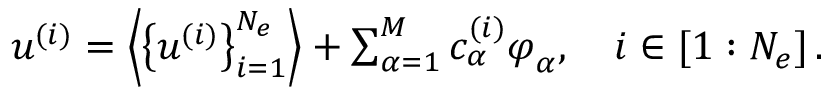
\begin{array} { r } { \boldsymbol { u } ^ { ( i ) } = \left\langle \left\{ \boldsymbol { u } ^ { ( i ) } \right\} _ { i = 1 } ^ { N _ { e } } \right\rangle + \sum _ { \alpha = 1 } ^ { M } c _ { \alpha } ^ { ( i ) } \boldsymbol { \varphi } _ { \alpha } , \quad i \in [ 1 : N _ { e } ] \, . } \end{array}